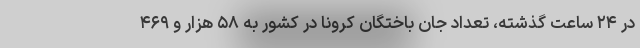
در ۲۴ ساعت گذشته، تعداد جان باختگان کرونا در کشور به ۵۸ هزار و ۴۶۹